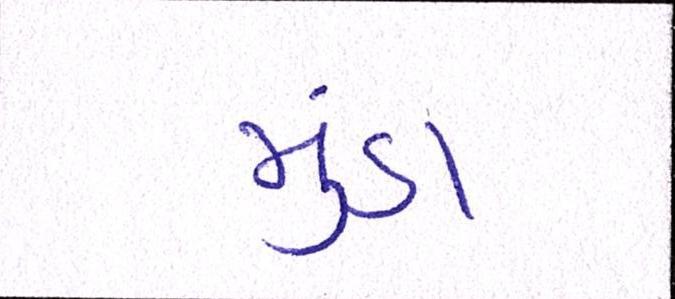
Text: મુંડા